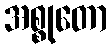
အစ္စုတော